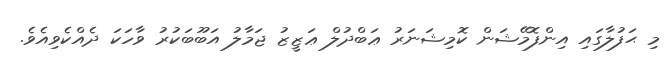
މި ޙަފުލާގައި އިންފޮމޭޝަން ކޮމިޝަނަރު ޢަބްދުލް ޢަޒީޒު ޖަމާލު އަބޫބަކުރު ވާހަކަ ދެއްކެވިއެވެ.